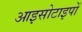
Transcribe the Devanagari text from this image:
आइसोटाइपों